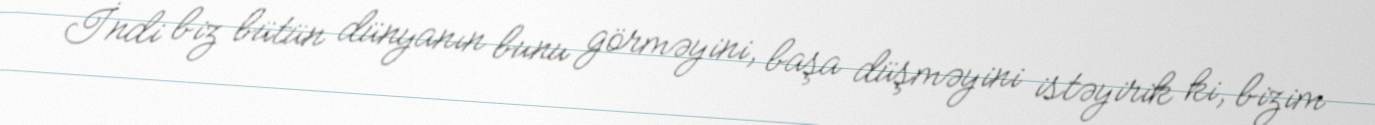
İndi biz bütün dünyanın bunu görməyini, başa düşməyini istəyirik ki, bizim